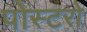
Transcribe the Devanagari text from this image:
पोस्टरो